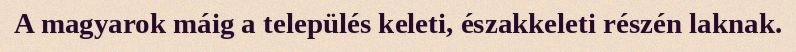
A magyarok máig a település keleti, északkeleti részén laknak.